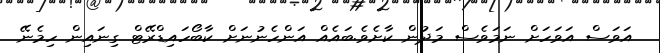
އަވަސް އަވަހަށް ނަމަވެސް މަދުން ކާށެވެ.ބައެއް އަންހެނުނަށް ކާބޯހައިޑްރޭޓް ގިނައިން ހިމެނޭ